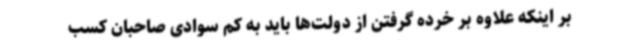
بر اینکه علاوه بر خرده گرفتن از دولت‌ها باید به کم سوادی صاحبان کسب